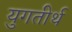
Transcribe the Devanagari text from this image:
युगतीर्थ